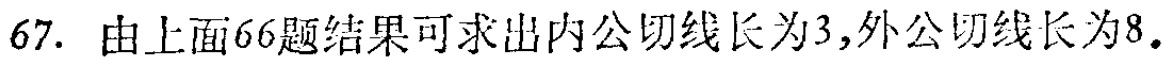
67. 由上面66题结果可求出内公切线长为3,外公切线长为8.